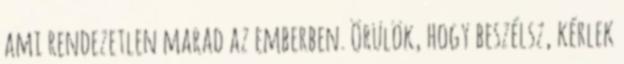
ami rendezetlen marad az emberben. Örülök, hogy beszélsz, kérlek